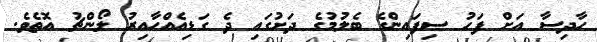
ހާދިސާ އަށް ފަހު ސިފައިންގެ ބެލުމުގެ ދަށުގައި ދެ ގަޑިއެއްހާއިރު ލޯންޗު އޮތެވެ.